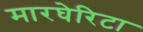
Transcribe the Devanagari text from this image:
मारघेरिटा